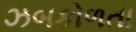
ઝબકોળતા